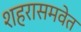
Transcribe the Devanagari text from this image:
शहरासमवेत